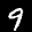
Label: 9